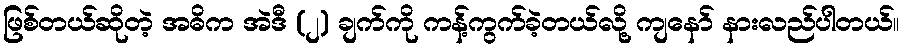
ဖြစ်တယ်ဆိုတဲ့ အဓိက အဲဒီ (၂) ချက်ကို ကန့်ကွက်ခဲ့တယ်လို့ ကျနော် နားလည်ပါတယ်။